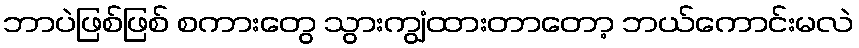
ဘာပဲဖြစ်ဖြစ် စကားတွေ သွားကျွံထားတာတော့ ဘယ်ကောင်းမလဲ